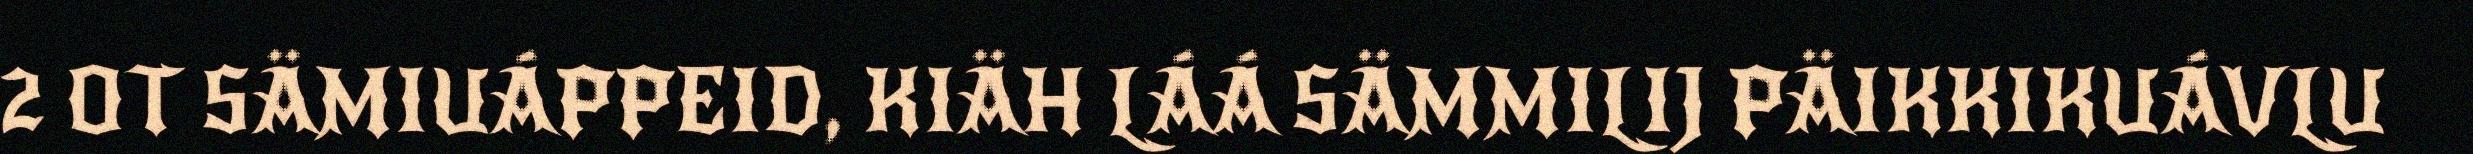
2 OT SÄMIUÁPPEID, KIÄH LÁÁ SÄMMILIJ PÄIKKIKUÁVLU